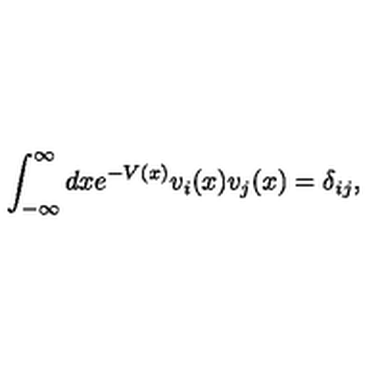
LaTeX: \int _ { - \infty } ^ { \infty } d x e ^ { - V \left( x \right) } v _ { i } ( x ) v _ { j } ( x ) = \delta _ { i j } ,